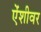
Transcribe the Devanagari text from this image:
ऐंशीवर